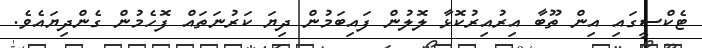
ޓެކްސީގައި އިން ތޫބާ އިރުއިރުކޮޅާ ލޮލުން ފައިބަމުން ދިޔަ ކަރުނަތައް ފޮހެމުން ގެންދިޔައެވެ.